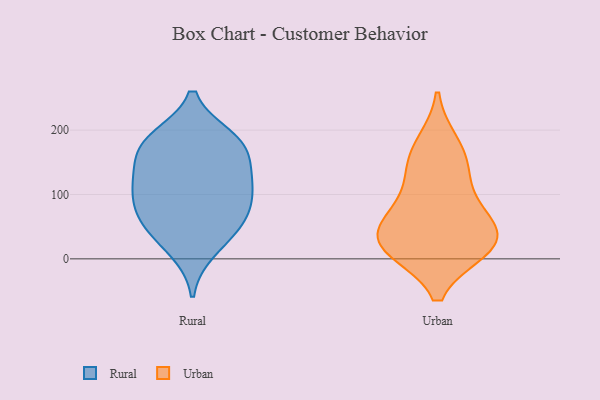
{"axis": {"x": "Energy Usage (MWh)", "y": "Value"}, "legend": ["Rural", "Urban"], "data": [{"x": "", "y": 108, "type": "Rural"}, {"x": "", "y": 110, "type": "Rural"}, {"x": "", "y": 51, "type": "Rural"}, {"x": "", "y": 46, "type": "Rural"}, {"x": "", "y": 123, "type": "Rural"}, {"x": "", "y": 173, "type": "Rural"}, {"x": "", "y": 178, "type": "Rural"}, {"x": "", "y": 137, "type": "Rural"}, {"x": "", "y": 181, "type": "Rural"}, {"x": "", "y": 14, "type": "Rural"}, {"x": "", "y": 187, "type": "Rural"}, {"x": "", "y": 75, "type": "Rural"}, {"x": "", "y": 75, "type": "Rural"}, {"x": "", "y": 28, "type": "Urban"}, {"x": "", "y": 178, "type": "Urban"}, {"x": "", "y": 81, "type": "Urban"}, {"x": "", "y": 21, "type": "Urban"}, {"x": "", "y": 153, "type": "Urban"}, {"x": "", "y": 17, "type": "Urban"}, {"x": "", "y": 41, "type": "Urban"}, {"x": "", "y": 65, "type": "Urban"}, {"x": "", "y": 128, "type": "Urban"}, {"x": "", "y": 16, "type": "Urban"}]}